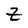
Character: Z